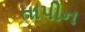
તાપીન